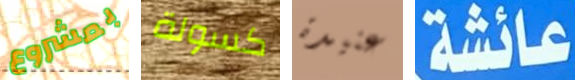
بمشروع كسولة عنيدة عائشة